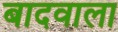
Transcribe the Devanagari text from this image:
बादवाला